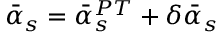
\bar { \alpha } _ { s } = \bar { \alpha } _ { s } ^ { P T } + \delta \bar { \alpha } _ { s }